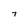
Character: 7